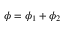
\phi = \phi _ { 1 } + \phi _ { 2 }